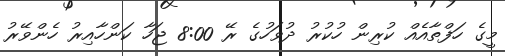
މީގެ ހަފްތާއެއް ކުރިން ހުކުރު ދުވަހުގެ ރޭ 8:00 ޖަހާ ކަންހާއިރު ހެންވޭރު